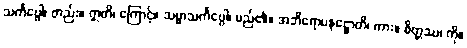
သင်္ကပ္ပေါ၊ တည်း။ ဣတိ၊ ကြောင့်။ သမ္မာသင်္ကပ္ပေါ၊ မည်၏။ အဘိရောပနဋ္ဌောတိ၊ ကား။ စိတ္တဿ၊ ကို။